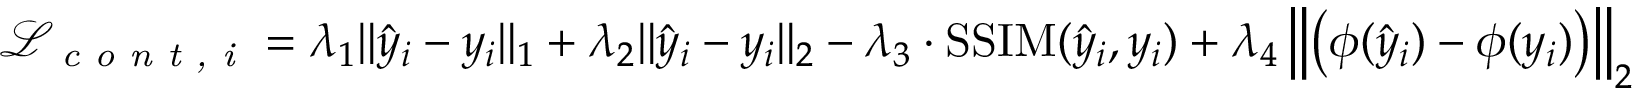
\mathcal { L } _ { \textit { c o n t , i } } = \lambda _ { 1 } \| \hat { y } _ { i } - y _ { i } \| _ { 1 } + \lambda _ { 2 } \| \hat { y } _ { i } - y _ { i } \| _ { 2 } - \lambda _ { 3 } \cdot \operatorname { S S I M } ( \hat { y } _ { i } , y _ { i } ) + \lambda _ { 4 } \left\| \left( \phi ( \hat { y } _ { i } ) - \phi ( y _ { i } ) \right) \right\| _ { 2 }